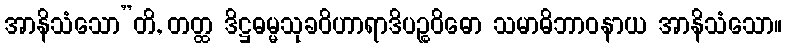
အာနိသံသော”တိ, တတ္ထ ဒိဋ္ဌဓမ္မသုခဝိဟာရာဒိပဉ္စဝိဓော သမာဓိဘာဝနာယ အာနိသံသော။